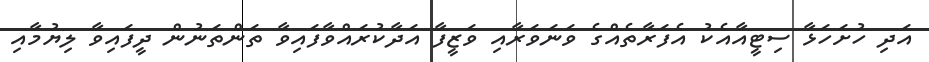
އަދި ހުށަހަޅާ ސިޓީއާއެކު އެފަރާތެއްގެ ވަނަވަރާއި ވަޒީފާ އަދާކުރައްވާފައިވާ ތަންތަނުން ދީފައިވާ ލިޔުމާއި